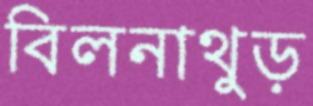
বিলনাথুড়